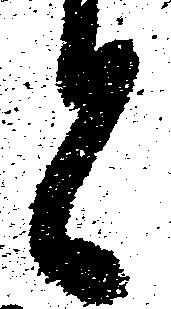
と